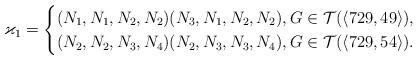
LaTeX: \begin{align*}\varkappa_1=\begin{cases}(N_1,N_1,N_2,N_2)(N_3,N_1,N_2,N_2),G\in\mathcal{T}(\langle 729,49\rangle), \\(N_2,N_2,N_3,N_4)(N_2,N_3,N_3,N_4),G\in\mathcal{T}(\langle 729,54\rangle).\end{cases}\end{align*}